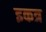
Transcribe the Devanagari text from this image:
इकत्र